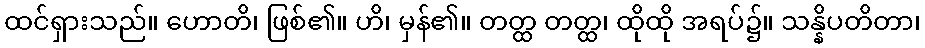
ထင်ရှားသည်။ ဟောတိ၊ ဖြစ်၏။ ဟိ၊ မှန်၏။ တတ္ထ တတ္ထ၊ ထိုထို အရပ်၌။ သန္နိပတိတာ၊